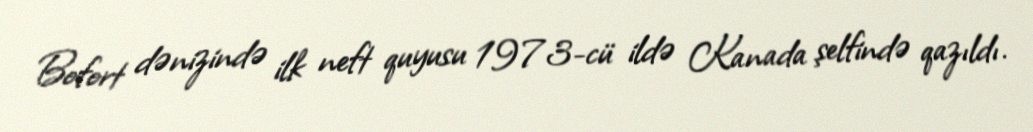
Bofort dənizində ilk neft quyusu 1973-cü ildə Kanada şelfində qazıldı.